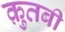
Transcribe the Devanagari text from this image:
क़ुतबी